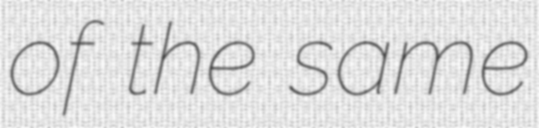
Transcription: of the same